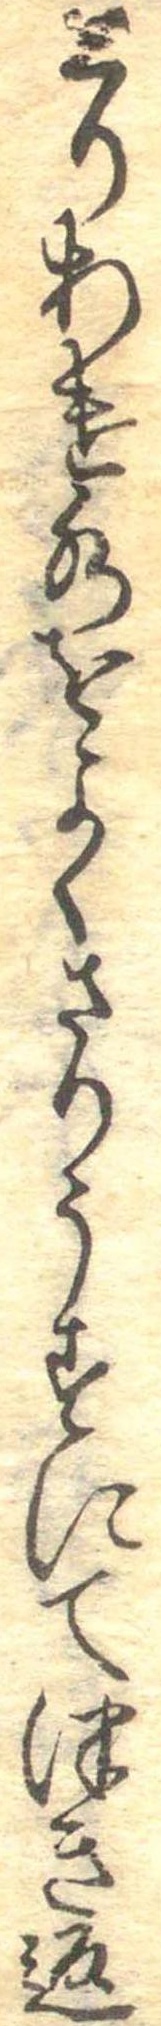
とりあけ水をよくさりうすにてつき返